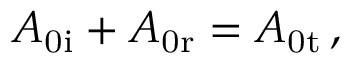
A _ { \mathrm { 0 i } } + A _ { \mathrm { 0 r } } = A _ { \mathrm { 0 t } } \, ,